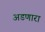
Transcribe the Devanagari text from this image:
अडणारा